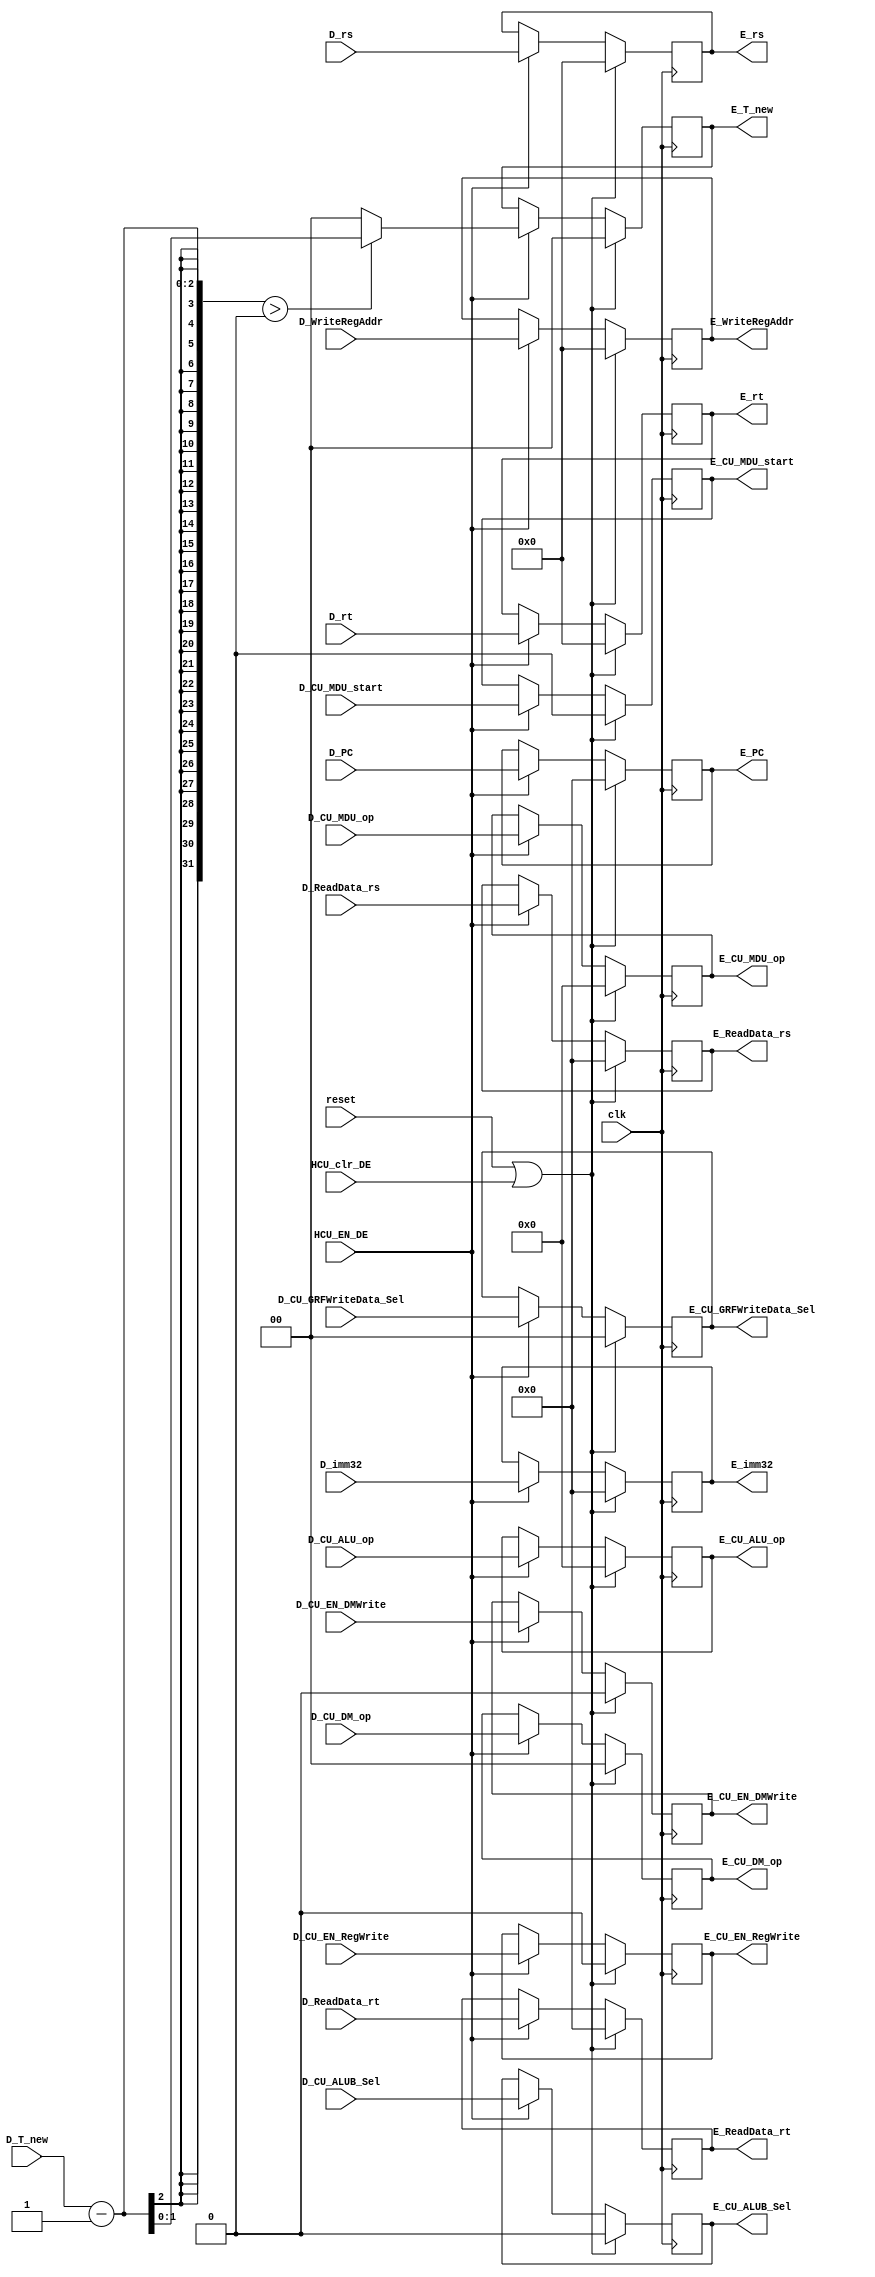
`timescale 1ns / 1ps
//-------------------------------------------------------------------------------------------


//--------------------------------------------------------------------------------------------------------
module D_E (
    input clk,
    input reset,
    input HCU_EN_DE,
    input HCU_clr_DE,
    input [31:0] D_ReadData_rs,
    input [31:0] D_ReadData_rt,
    input [4:0] D_rt,
    input [4:0] D_rs,
    input [4:0] D_WriteRegAddr,
    input [31:0] D_imm32,
    input [31:0] D_PC,
    input [3:0] D_CU_ALU_op,
    input [1:0] D_CU_DM_op,
    input D_CU_EN_RegWrite,
    input D_CU_EN_DMWrite,
    input D_CU_ALUB_Sel,
    input [1:0] D_CU_GRFWriteData_Sel,
    input [1:0] D_T_new,
    input [3:0] D_CU_MDU_op,
    input D_CU_MDU_start, 

    output reg [31:0] E_ReadData_rs,
    output reg [31:0] E_ReadData_rt,
    output reg [4:0] E_rt,
    output reg [4:0] E_rs,
    output reg [4:0] E_WriteRegAddr,
    output reg [31:0] E_imm32,
    output reg [31:0] E_PC,
    output reg [3:0] E_CU_ALU_op,
    output reg [1:0] E_CU_DM_op,
    output reg E_CU_EN_RegWrite,
    output reg E_CU_EN_DMWrite,
    output reg E_CU_ALUB_Sel,
    output reg [1:0] E_CU_GRFWriteData_Sel,
    output reg [1:0] E_T_new,
    output reg [3:0] E_CU_MDU_op,
    output reg E_CU_MDU_start
    );
//-----------------------------------------------------------------------------------------------------------------


//E_reg-------------------------------------------------------------------------------------------
    always @(posedge clk) begin
        if (reset | HCU_clr_DE) begin
            E_ReadData_rs <= 32'H0000_0000;
            E_ReadData_rt <= 32'H0000_0000;
            E_rt <= 5'b00000;
            E_rs <= 5'b00000;
            E_WriteRegAddr <= 5'b00000;
            E_imm32 <= 32'H0000_0000;
            E_PC <= 32'H0000_0000;
            E_CU_ALU_op <= 4'b0000;
            E_CU_DM_op <= 2'b00;
            E_CU_EN_RegWrite <= 1'b0;
            E_CU_EN_DMWrite <= 1'b0;
            E_CU_ALUB_Sel <= 1'b0;
            E_CU_GRFWriteData_Sel <= 2'b00;
            E_T_new <= 2'b00;
            E_CU_MDU_op <= 4'b0000;
            E_CU_MDU_start <= 1'b0; 
        end
        else begin
            if (HCU_EN_DE) begin
                E_ReadData_rs <= D_ReadData_rs;
                E_ReadData_rt <= D_ReadData_rt;
                E_rt <= D_rt;
                E_rs <= D_rs;
                E_WriteRegAddr<= D_WriteRegAddr;
                E_imm32 <= D_imm32;
                E_PC <= D_PC;
                E_CU_ALU_op <= D_CU_ALU_op;
                E_CU_DM_op <= D_CU_DM_op;
                E_CU_EN_RegWrite <= D_CU_EN_RegWrite;
                E_CU_EN_DMWrite <= D_CU_EN_DMWrite;
                E_CU_ALUB_Sel <= D_CU_ALUB_Sel;
                E_CU_GRFWriteData_Sel <= D_CU_GRFWriteData_Sel;
                E_T_new <= (D_T_new - 1 > 0) ? (D_T_new - 1) : 0;
                E_CU_MDU_op <= D_CU_MDU_op;
                E_CU_MDU_start <= D_CU_MDU_start;                 
            end
        end
    end
//--------------------------------------------------------------------------------------------------



endmodule